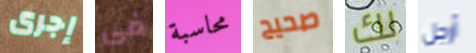
إجرى فى محاسبة صحيح لك أرجل